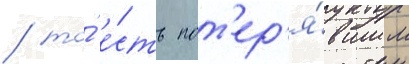
/ то́ е́сть пот'ер'я́вшим